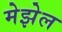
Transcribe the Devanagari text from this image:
मेझेल